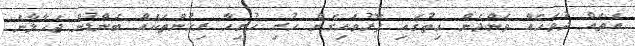
އެތައް ދުވަހެއް ވަންދެން ހިތުގައި ފޮރުވައިގެން ހުރި ހުރިހާ ރިހުންތަކެއް ބަންޑުން ޖަހާލާނެ